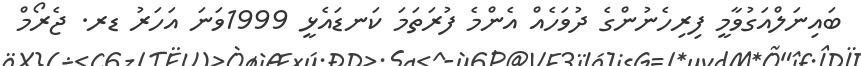
ބައިނަލްއަގުވާމީ ފިރިހެނުންގެ ދުވަހެއް އެންމެ ފުރަތަމަ ކަނޑައެޅީ 1999ވަނަ އަހަރު ޑރ. ޖެރޯމް